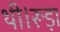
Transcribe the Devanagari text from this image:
थी।रूड़ा